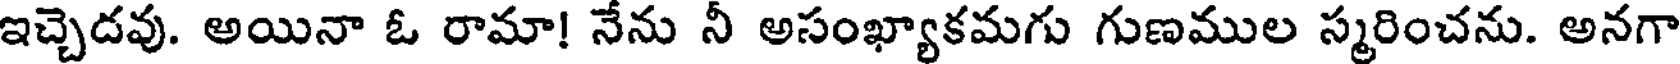
ఇచ్చెదవు. అయినా ఓ రామా! నేను నీ అసంఖ్యాకమగు గుణముల స్మరించను. అనగా